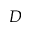
D